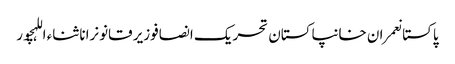
پاکستانعمران خانپاکستان تحریک انصافوزیر قانونرانا ثناء اللہچور